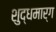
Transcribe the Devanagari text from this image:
शुद्धमार्ग